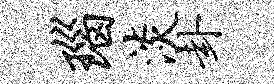
瑙淡卦